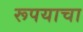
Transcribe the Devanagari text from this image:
रूपयाचा